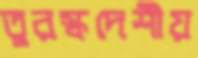
তুরস্কদেশীয়